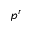
p ^ { r }